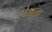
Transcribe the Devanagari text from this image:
पेजला